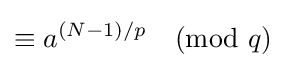
\equiv a^{(N-1)/p}{\pmod {q}}